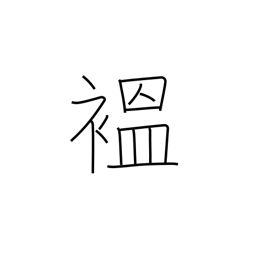
Meaning: robe